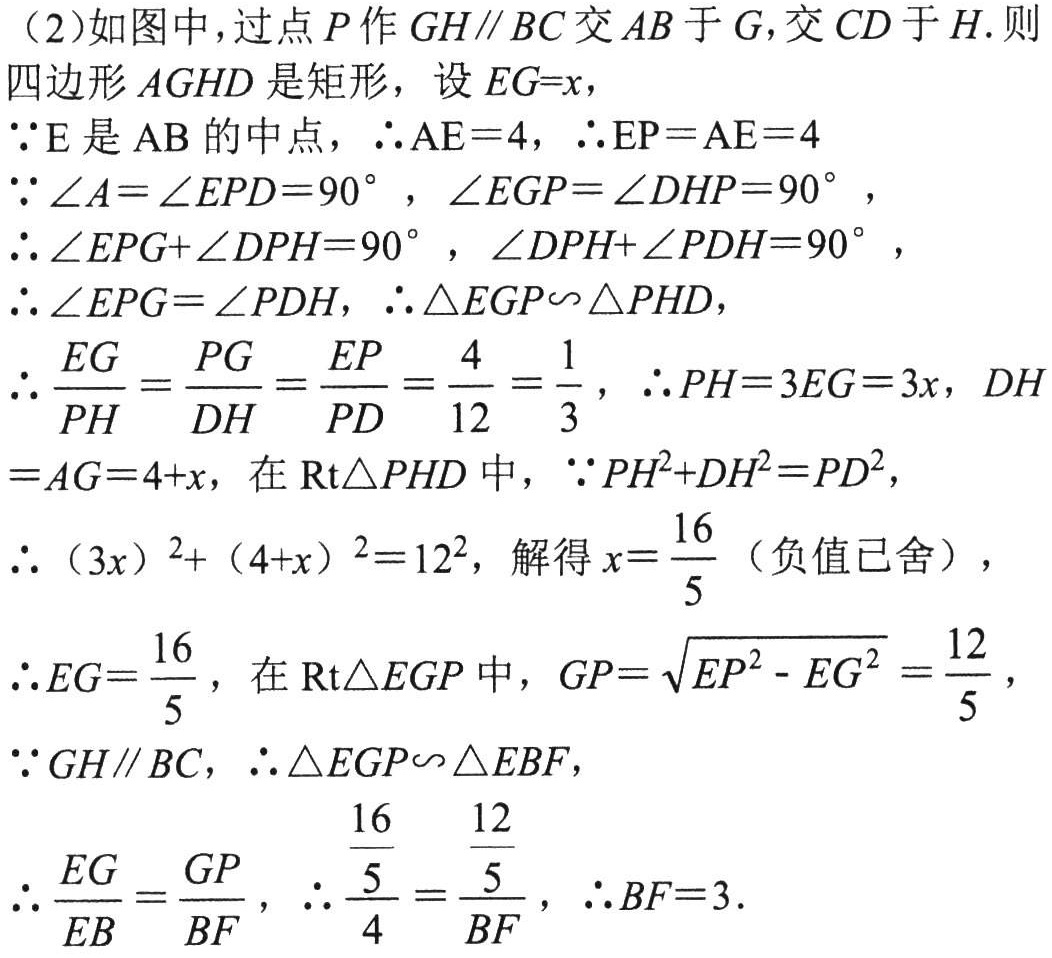
（2）如图中，过点\(P\)作\(GH\parallel BC\)交\(AB\)于\(G\)，交\(CD\)于\(H\). 则
四边形\(AGHD\)是矩形，设\(EG = x\)，
\(\because E\)是\(AB\)的中点，\(\therefore AE = 4\)，\(\therefore EP=AE = 4\)
\(\because\angle A=\angle EPD = 90^{\circ}\)，\(\angle EGP=\angle DHP = 90^{\circ}\)，
\(\therefore\angle EPG+\angle DPH = 90^{\circ}\)，\(\angle DPH+\angle PDH = 90^{\circ}\)，
\(\therefore\angle EPG=\angle PDH\)，\(\therefore\triangle EGP\backsim\triangle PHD\)，
\(\therefore\frac{EG}{PH}=\frac{PG}{DH}=\frac{EP}{PD}=\frac{4}{12}=\frac{1}{3}\)，\(\therefore PH = 3EG = 3x\)，\(DH\)
\(=AG = 4 + x\)，在\(\text{Rt}\triangle PHD\)中，\(\because PH^{2}+DH^{2}=PD^{2}\)，
\(\therefore(3x)^{2}+(4 + x)^{2}=12^{2}\)，解得\(x = \frac{16}{5}\)（负值已舍），
\(\therefore EG=\frac{16}{5}\)，在\(\text{Rt}\triangle EGP\)中，\(GP=\sqrt{EP^{2}-EG^{2}}=\frac{12}{5}\)，
\(\because GH\parallel BC\)，\(\therefore\triangle EGP\backsim\triangle EBF\)，
\(\therefore\frac{EG}{EB}=\frac{GP}{BF}\)，\(\therefore\frac{\frac{16}{5}}{4}=\frac{\frac{12}{5}}{BF}\)，\(\therefore BF = 3\).